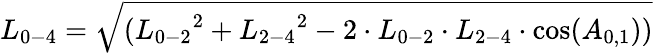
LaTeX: {L_{0-4}}=\sqrt{({L_{0-2}}^{2}+{L_{2-4}}^{2}-2\cdot{L_{0-2}}\cdot{L_{2-4}}\cdot\cos({A_{0,1}}))}